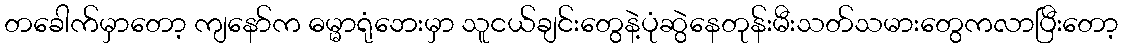
တခေါက်မှာတော့ ကျနော်က ဓမ္မာရုံဘေးမှာ သူငယ်ချင်းတွေနဲ့ပုံဆွဲနေတုန်းမီးသတ်သမားတွေကလာပြီးတော့